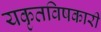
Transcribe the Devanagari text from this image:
यकृतविषकारी